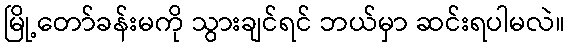
မြို့တော်ခန်းမကို သွားချင်ရင် ဘယ်မှာ ဆင်းရပါမလဲ။